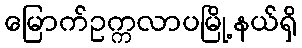
မြောက်ဥက္ကလာပမြို့နယ်ရှိ